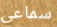
سماعي